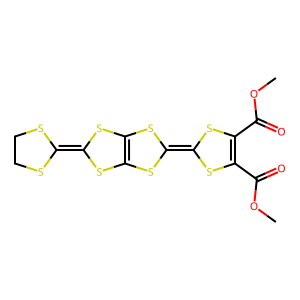
SMILES: COC(=O)C1=C(C(=O)OC)SC(=C2SC3=C(SC(=C4SCCS4)S3)S2)S1
Inhibits HIV replication: No